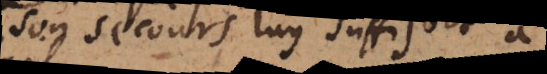
son secours luy suffisoit a